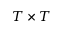
T \times T